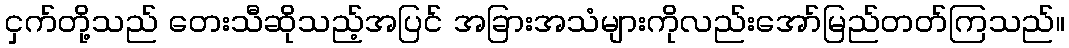
ငှက်တို့သည် တေးသီဆိုသည့်အပြင် အခြားအသံများကိုလည်းအော်မြည်တတ်ကြသည်။